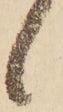
候